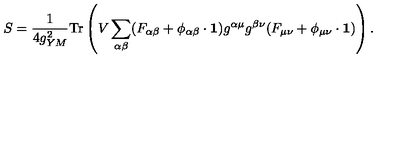
S = \frac { 1 } { 4 g _ { Y M } ^ { 2 } } \mathrm { T r } \left( V \sum _ { \alpha \beta } ( F _ { \alpha \beta } + \phi _ { \alpha \beta } \cdot { \bf 1 } ) g ^ { \alpha \mu } g ^ { \beta \nu } ( F _ { \mu \nu } + \phi _ { \mu \nu } \cdot { \bf 1 } ) \right) .